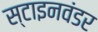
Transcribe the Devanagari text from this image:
स्टाइनवंडर